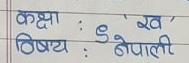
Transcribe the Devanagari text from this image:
कक्षा : ९ 'ख'
विषय : नेपाली